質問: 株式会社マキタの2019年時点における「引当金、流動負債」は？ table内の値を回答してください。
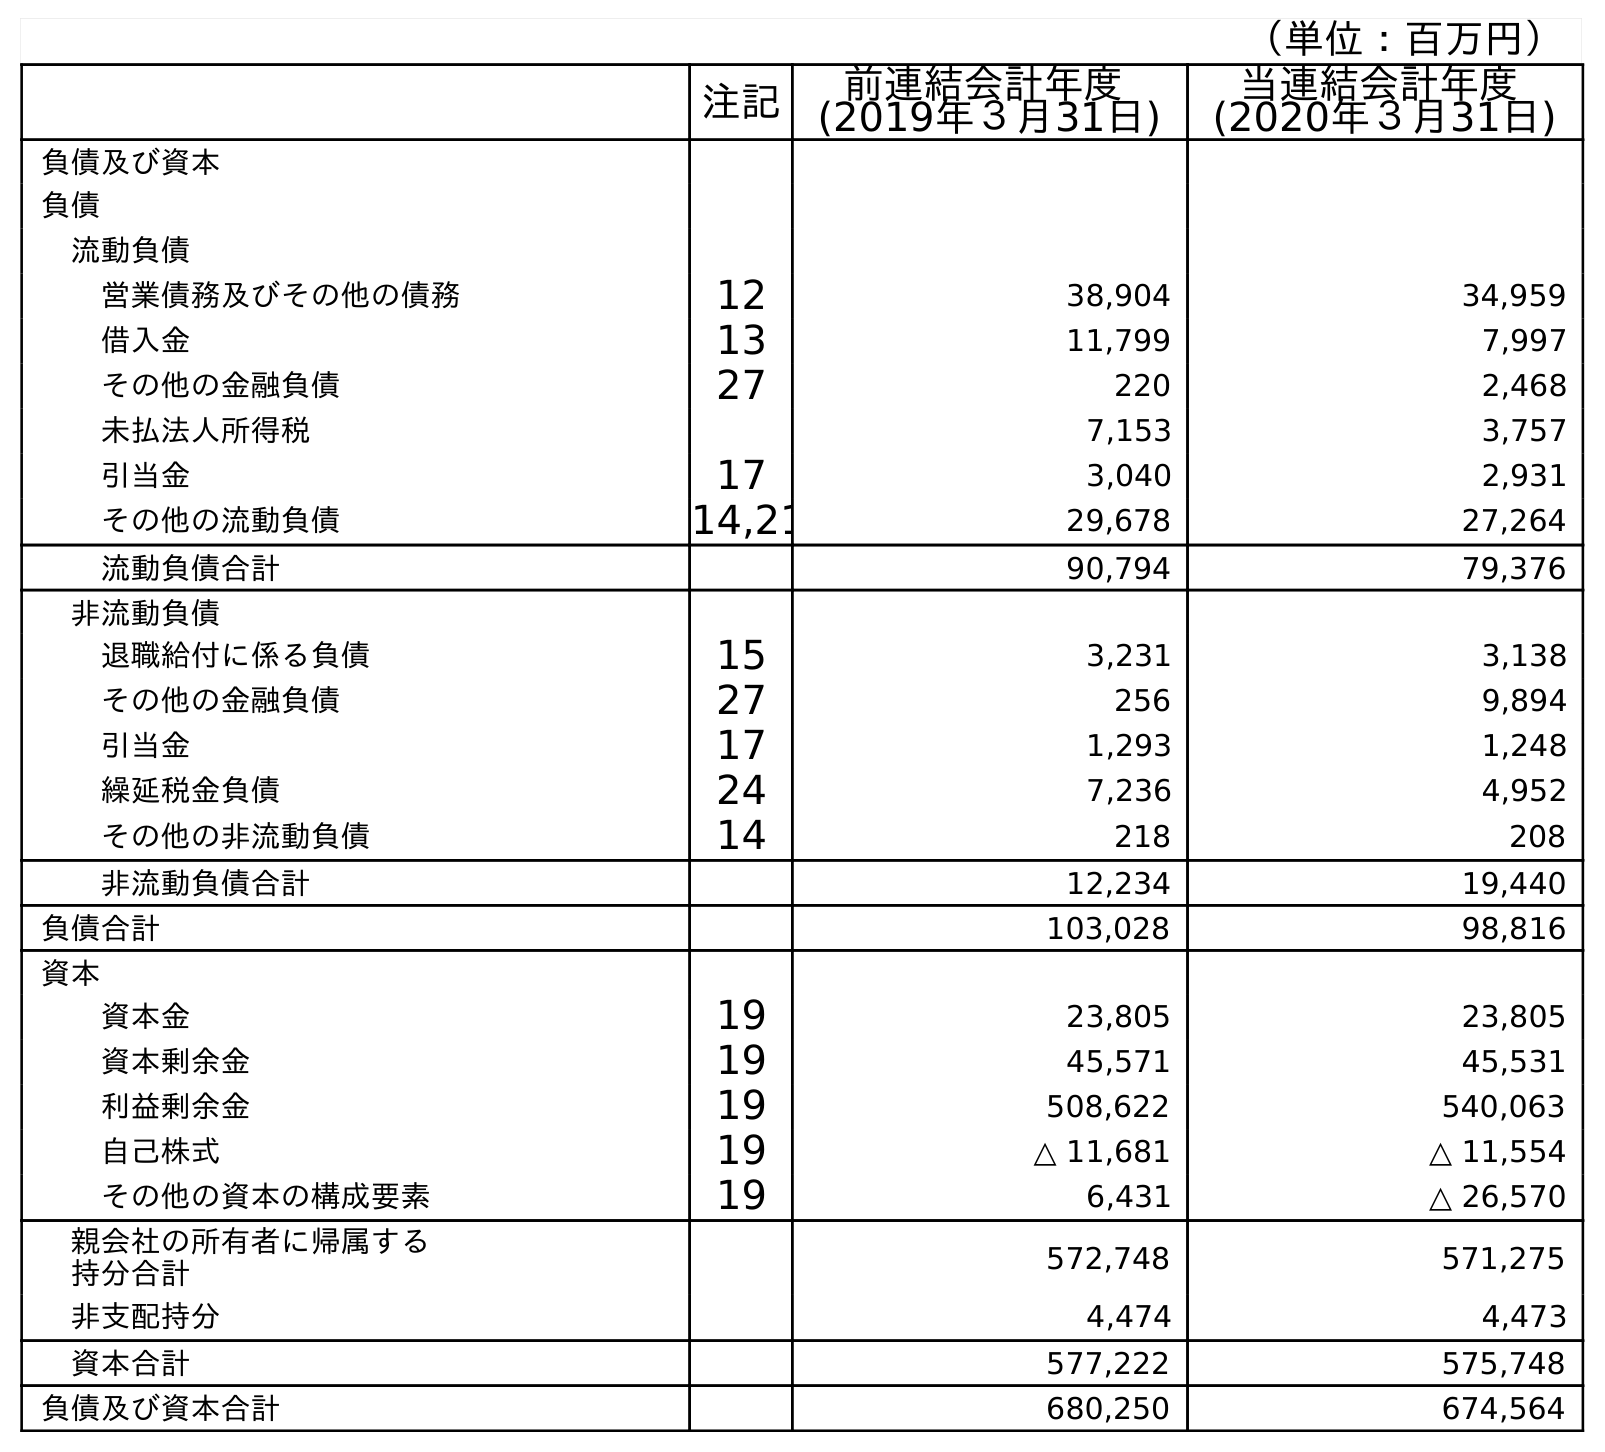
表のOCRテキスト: （単位：百万円） 注記 前連結会計年度 (2019年３月31日) 当連結会計年度 (2020年３月31日) 負債及び資本 負債 流動負債 営業債務及びその他の債務 12 38,904 34,959 借入金 13 11,799 7,997 その他の金融負債 27 220 2,468 未払法人所得税 7,153 3,757 引当金 17 3,040 2,931 その他の流動負債 14,21 29,678 27,264 流動負債合計 90,794 79,376 非流動負債 退職給付に係る負債 15 3,231 3,138 その他の金融負債 27 256 9,894 引当金 17 1,293 1,248 繰延税金負債 24 7,236 4,952 その他の非流動負債 14 218 208 非流動負債合計 12,234 19,440 負債合計 103,028 98,816 資本 資本金 19 23,805 23,805 資本剰余金 19 45,571 45,531 利益剰余金 19 508,622 540,063 自己株式 19 △ 11,681 △ 11,554 その他の資本の構成要素 19 6,431 △ 26,570 親会社の所有者に帰属する 持分合計 572,748 571,275 非支配持分 4,474 4,473 資本合計 577,222 575,748 負債及び資本合計 680,250 674,564
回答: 3,040